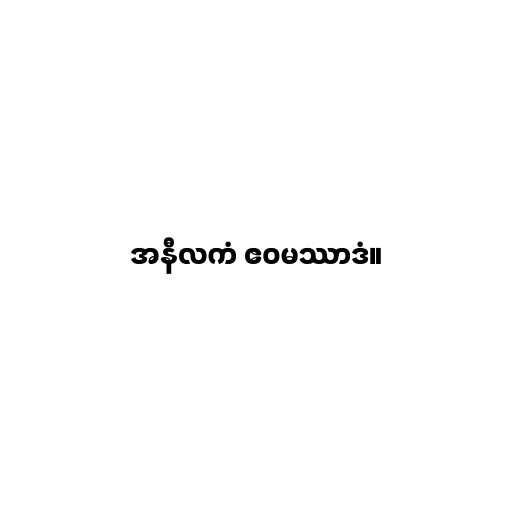
အနီလကံ ဧဝမဿာဒံ။